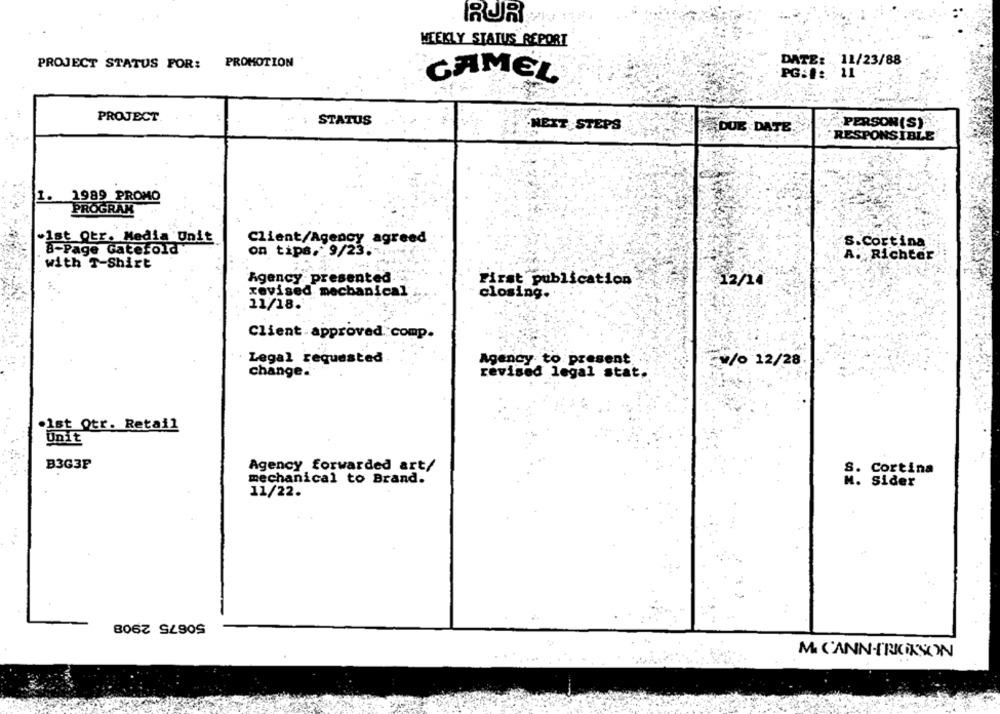
RUR
WEEKLY STATUS REPORT
PROJECT STATUS FOR: PROMOTION
DATE: 11/23/88
GAMEL
PG:#: 11
PROJECT
STATUS
NEXT STEPS
DUE DATE
PERSON (S)
RESPONSIBLE
1. 1989 PROMO
PROGRAM
.Ist Qtr. Media Unit
Client/Agency agreed
S.Cortina
on tips. 9/23
8-Page Gaterold .
A. Richter
with T-Shirt
Agency presented ..
First publication
12/14
xevised mechanical
closing.
11/18.
Client . approved comp.
Legal requested
Agency to present
3/0 12/28
change.
revised legal stat.
Ist Qtr. Retail
Unit
B3G3F
Agency forwarded art/
S. Cortina
mechanical to Brand.
M. Sider
11/22.
50675 2908
M. C'ANN-T'ROKSON